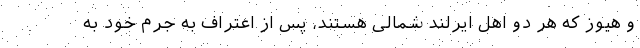
و هیوز که هر دو اهل ایرلند شمالی هستند، پس از اعتراف به جرم خود به